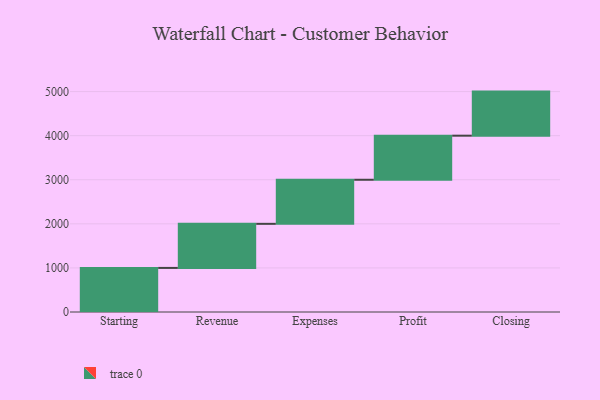
{"axis": {"x": "Step", "y": "Value"}, "legend": [""], "data": [{"x": "Starting", "y": 1000, "type": ""}, {"x": "Revenue", "y": 1000, "type": ""}, {"x": "Expenses", "y": 1000, "type": ""}, {"x": "Profit", "y": 1000, "type": ""}, {"x": "Closing", "y": 1000, "type": ""}]}